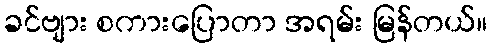
ခင်ဗျား စကားပြောတာ အရမ်း မြန်တယ်။